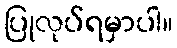
ပြုလုပ်ရမှာပါ။